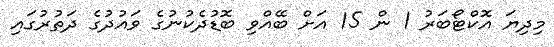
މިދިޔަ އޮކްޓޯބަރު 1 ން 15 އަށް ބޭއްވި ބޮޑުދެކުނުގެ ވައުދުގެ ދަތުރުގައި